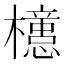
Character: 𣟥